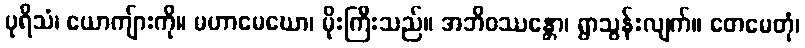
ပုရိသံ၊ ယောကျ်ားကို။ မဟာမေဃော၊ မိုးကြီးသည်။ အဘိဝဿန္တော၊ ရွာသွန်းလျက်။ တေမေတုံ၊